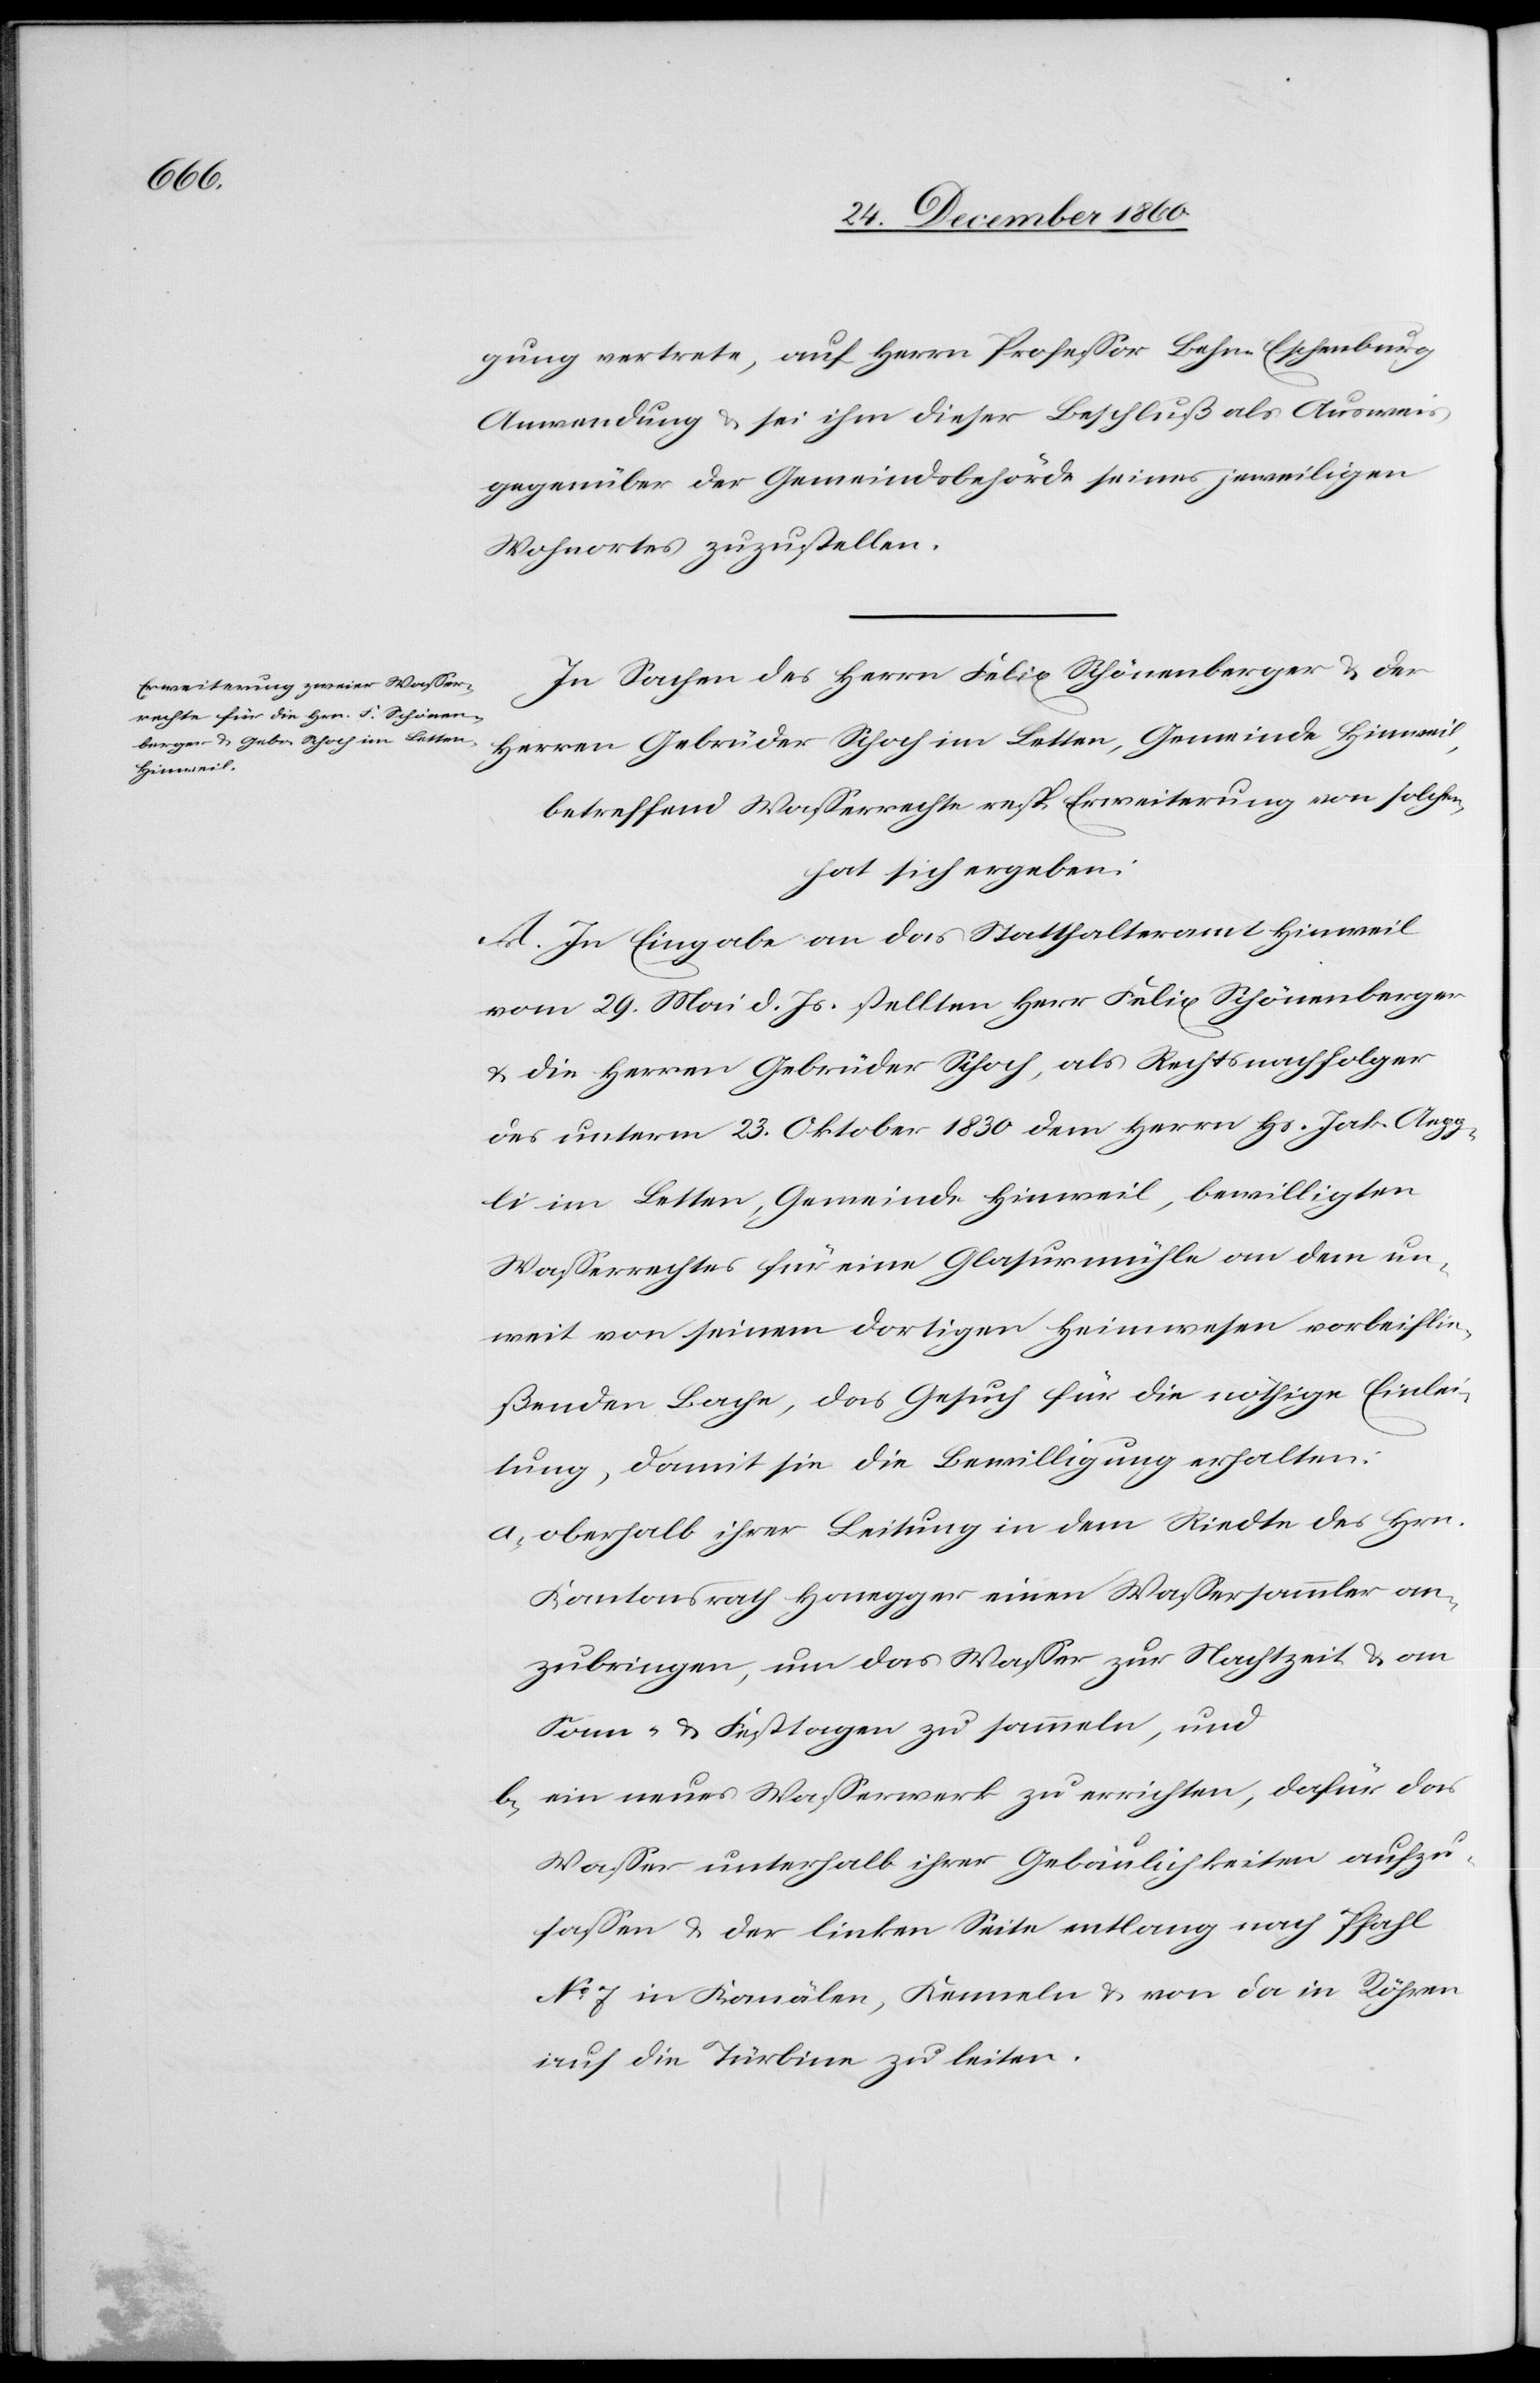
gung vertrete, auf Herrn Professor Lehn-Eschenburg
Anwendung u. sei ihm dieser Beschluß als Ausweis
gegenüber der Gemeindsbehörde seines jeweiligen
Wohnortes zuzustellen.
In Sachen des Herrn Felix Schönenberger u. der
Herren Gebrüder Schoch im Letten, Gemeinde Hinweil,
betreffend Wasserrechte resp. Erweiterung von solchen
hat sich ergeben:
A. In Eingabe an das Statthalteramt Hinweil
vom 29. Mai d. Js. stellten Herr Felix Schönenberger
u. die Herren Gebrüder Schoch, als Rechtsnachfolger
des unterm 23. Oktober 1830 dem Herrn Hs. Jak. Aepp¬
li im Letten, Gemeinde Hinweil, bewilligten
Wasserrechtes für eine Glasurmühle an dem un¬
weit von seinem dortigen Heimwesen vorbeflie¬
ßenden Bache, das Gesuch für die nöthige Einlei¬
tung, damit sie die Bewilligung erhalten:
a) oberhalb ihrer Leitung in dem Riedte des Hrn.
Kantonsrath Honegger einen Wassersammler an¬
zubringen, um das Wasser zur Nachtzeit u. an
Sonn- u. Festtagen zu sammeln, und
b) ein neues Wasserwerks zu errichten, dafür das
Wasser unterhalb ihrer Gebäulichkeiten aufzu¬
fassen u. der linken Seite entlang nach Pfahl
No 7 in Kanälen, Kenneln u. von da in Röhren
auf die Türbine zu leiten.